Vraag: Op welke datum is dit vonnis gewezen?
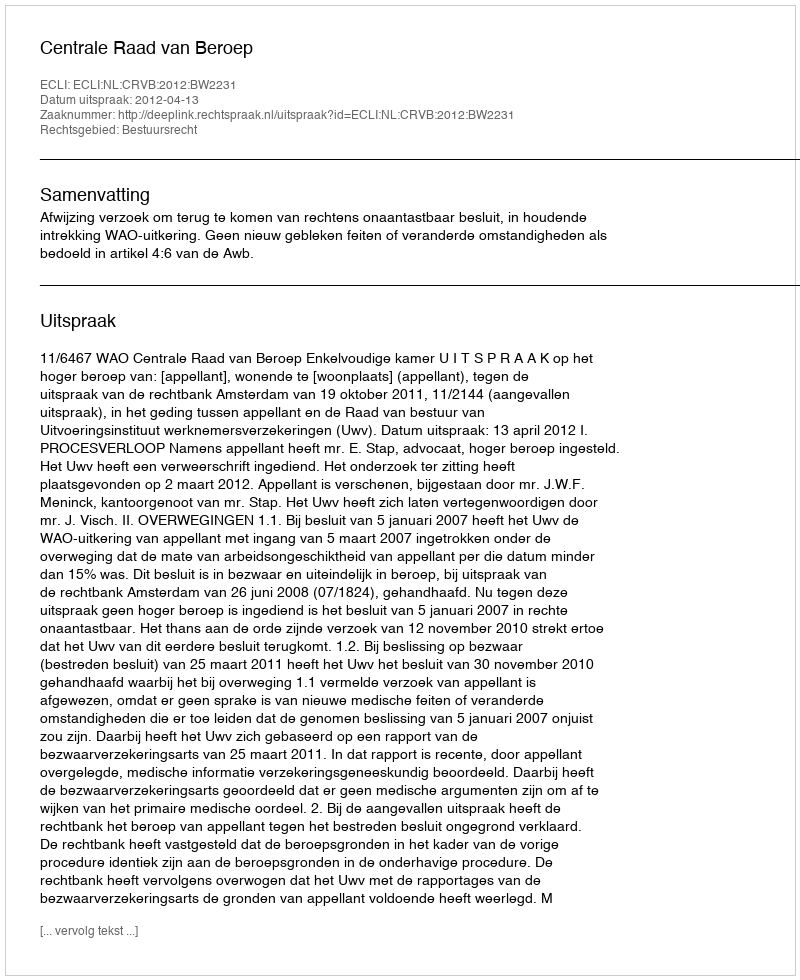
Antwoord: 2012-04-13